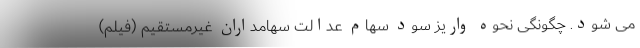
می شود. چگونگی نحوه واریز سود سهام عدالت سهامداران غیرمستقیم (فیلم)